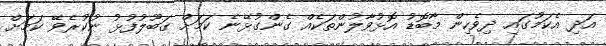
އަދި އެކަމުގައި ދިވެހިން މާބޮޑު އޮޅުވާލުންތަކެއް ގެންގުޅޭނެ ކަމަށް ގަބޫލުފުޅު ނުކުރެވޭ ކަމަށް